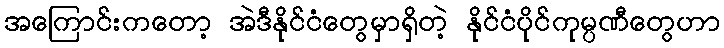
အကြောင်းကတော့ အဲဒီနိုင်ငံတွေမှာရှိတဲ့ နိုင်ငံပိုင်ကုမ္ပဏီတွေဟာ